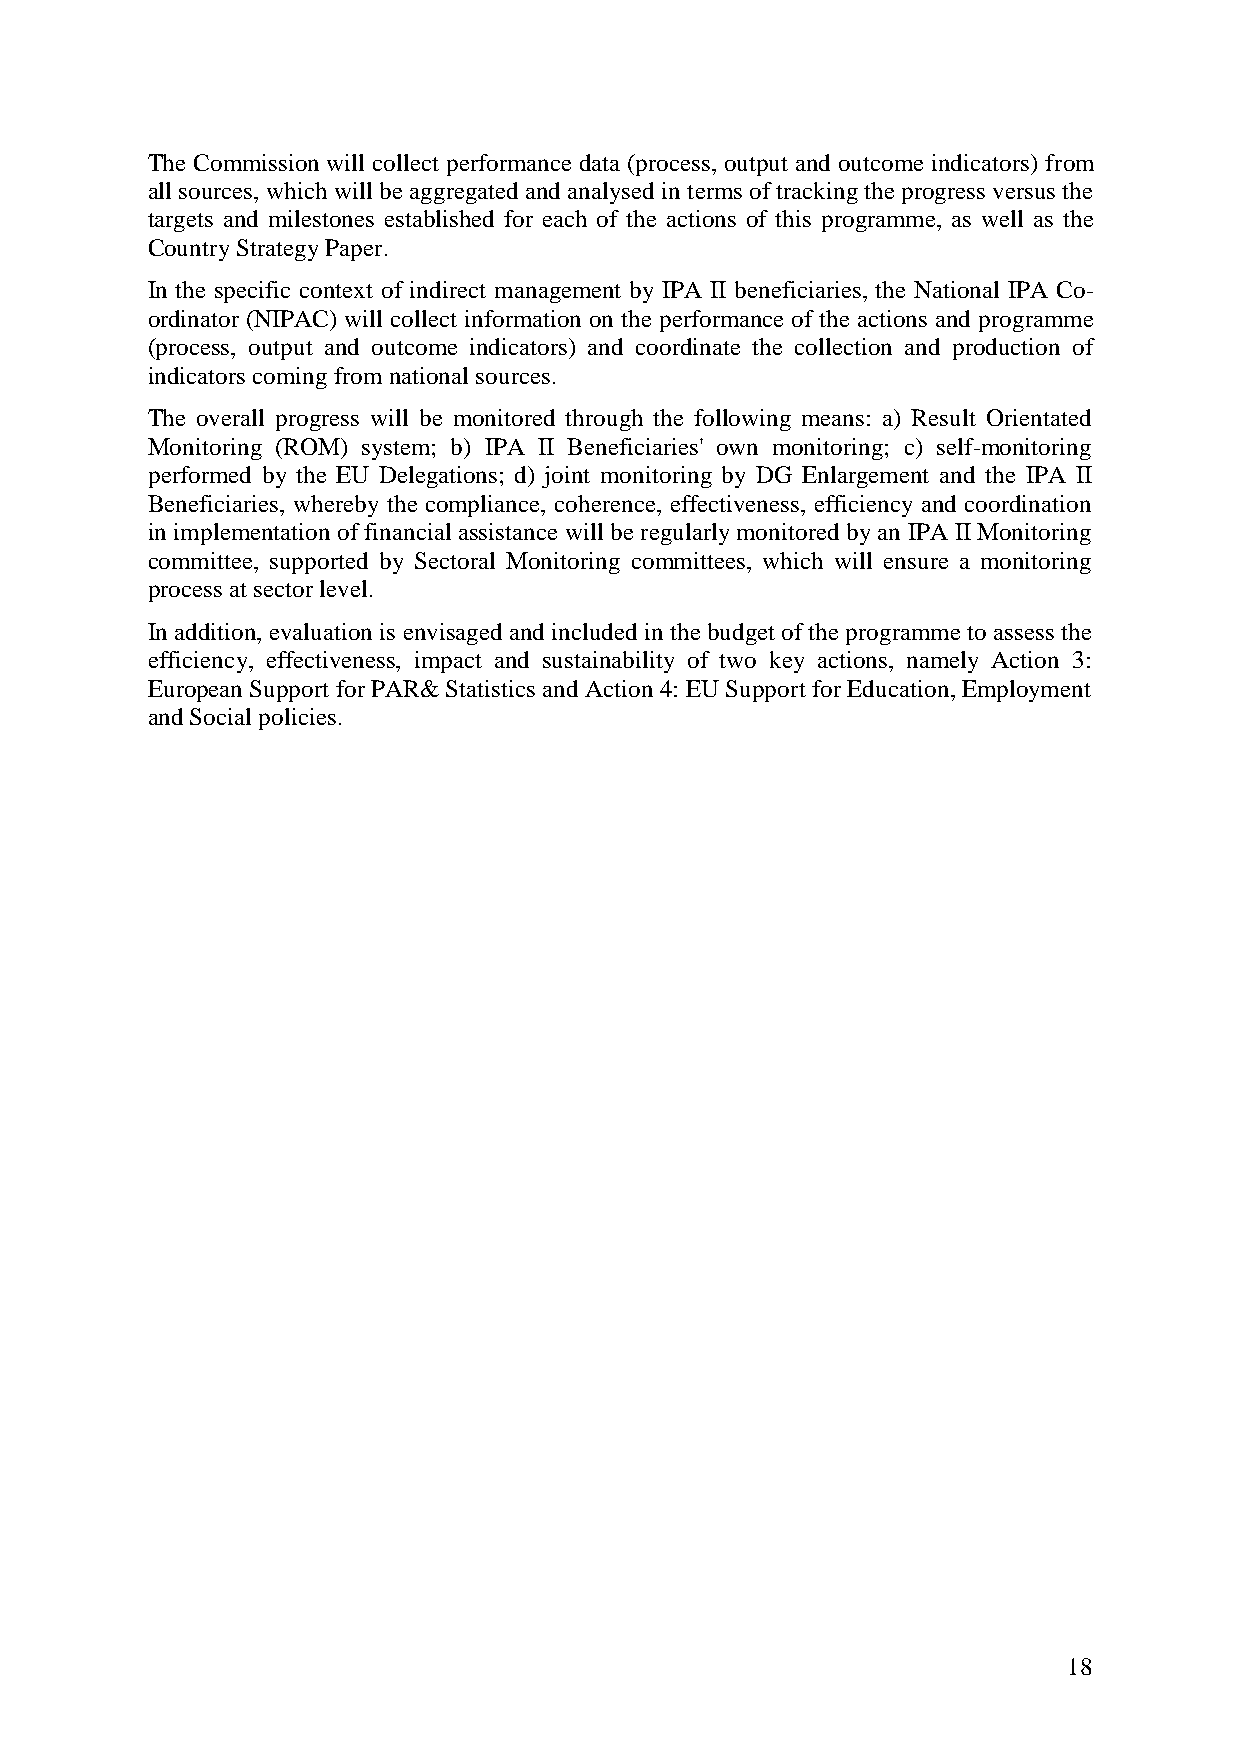
The Commission will collect performance data (process, output and outcome indicators) from
 all sources, which will be aggregated and analysed in terms of tracking the progress versus the
 targets and milestones established for each of the actions of this programme, as well as the
 Country Strategy Paper.
 In the specific context of indirect management by IPA II beneficiaries, the National IPA Co-
 ordinator (NIPAC) will collect information on the performance of the actions and programme
 (process, output and outcome indicators) and coordinate the collection and production of
 indicators coming from national sources.
 The overall progress will be monitored through the following means: a) Result Orientated
 Monitoring (ROM) system; b) IPA II Beneficiaries' own monitoring; c) self-monitoring
 performed by the EU Delegations; d) joint monitoring by DG Enlargement and the IPA II
 Beneficiaries, whereby the compliance, coherence, effectiveness, efficiency and coordination
 in implementation of financial assistance will be regularly monitored by an IPA II Monitoring
 committee, supported by Sectoral Monitoring committees, which will ensure a monitoring
 process at sector level.
 In addition, evaluation is envisaged and included in the budget of the programme to assess the
 efficiency, effectiveness, impact and sustainability of two key actions, namely Action 3:
 European Support for PAR& Statistics and Action 4: EU Support for Education, Employment
 and Social policies.
 18